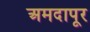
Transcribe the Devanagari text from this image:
अमदापूर